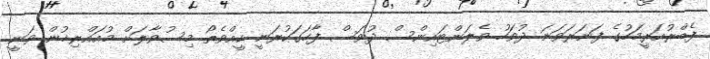
ފެބްރުއަރީމަހުގެ ފަނަރަވަނަ ދުވަހު ވެލަންޓައިންސް ދުވަސް ފާހަގަކުރަނީ ކީއްވެތޯ މިސުވާލަށް މުއައްރިޚުން ވަނީ